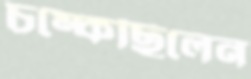
চম্‌কেছিলেন